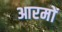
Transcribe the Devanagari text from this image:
आरमों